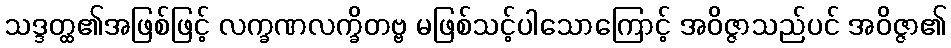
သဒ္ဒတ္ထ၏အဖြစ်ဖြင့် လက္ခဏလက္ခိတဗ္ဗ မဖြစ်သင့်ပါသောကြောင့် အဝိဇ္ဇာသည်ပင် အဝိဇ္ဇာ၏